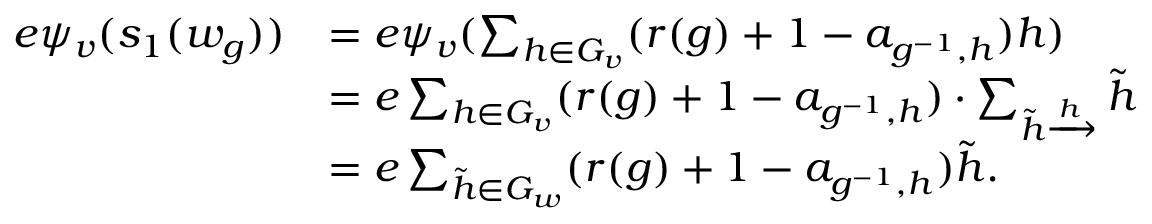
\begin{array} { r l } { e \psi _ { v } ( s _ { 1 } ( w _ { g } ) ) } & { = e \psi _ { v } ( \sum _ { h \in G _ { v } } ( r ( g ) + 1 - a _ { g ^ { - 1 } , h } ) h ) } \\ & { = e \sum _ { h \in G _ { v } } ( r ( g ) + 1 - a _ { g ^ { - 1 } , h } ) \cdot \sum _ { \Tilde { h } \xrightarrow [ ] h } \Tilde { h } } \\ & { = e \sum _ { \Tilde { h } \in G _ { w } } ( r ( g ) + 1 - a _ { g ^ { - 1 } , h } ) \Tilde { h } . } \end{array}